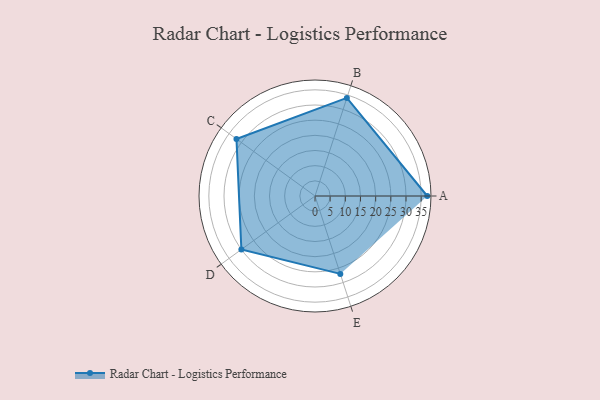
{"axis": {"x": "Skill", "y": "Score"}, "legend": ["Profile"], "data": [{"x": "A", "y": 37.0, "type": "Profile"}, {"x": "B", "y": 34.0, "type": "Profile"}, {"x": "C", "y": 32.0, "type": "Profile"}, {"x": "D", "y": 30.0, "type": "Profile"}, {"x": "E", "y": 27.0, "type": "Profile"}]}